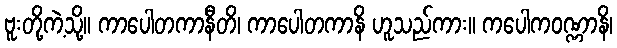
ဗူးတို့ကဲ့သို့။ ကာပေါတကာနီတိ၊ ကာပေါတကာနိ ဟူသည်ကား။ ကပေါကဝဏ္ဏာနိ၊